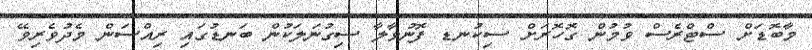
މާބޮޑަށް ސްޓްރެސް ވުމުން ގޮހޮރަށް ސިކުނޑ ފޮނުވާލާ ސިގުނަލަކުން ބަނޑުގައި ރިއްސަން މެދުވެރިވޭ